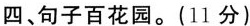
四、句子百花园。(11分)